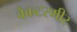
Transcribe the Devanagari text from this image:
वेंकटरमीर